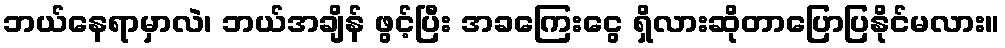
ဘယ်နေရာမှာလဲ၊ ဘယ်အချိန် ဖွင့်ပြီး အခကြေးငွေ ရှိလားဆိုတာပြောပြနိုင်မလား။